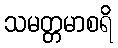
သမတ္တမာစရိ